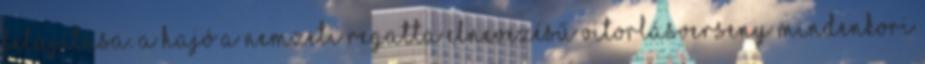
felújítása. A hajó a Nemzeti Regatta elnevezésű vitorlásverseny mindenkori